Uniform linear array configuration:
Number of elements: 32
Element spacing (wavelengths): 0.5
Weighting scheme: uniform
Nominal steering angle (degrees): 45
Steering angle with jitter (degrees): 44.819
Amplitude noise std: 0.05
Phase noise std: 0.05

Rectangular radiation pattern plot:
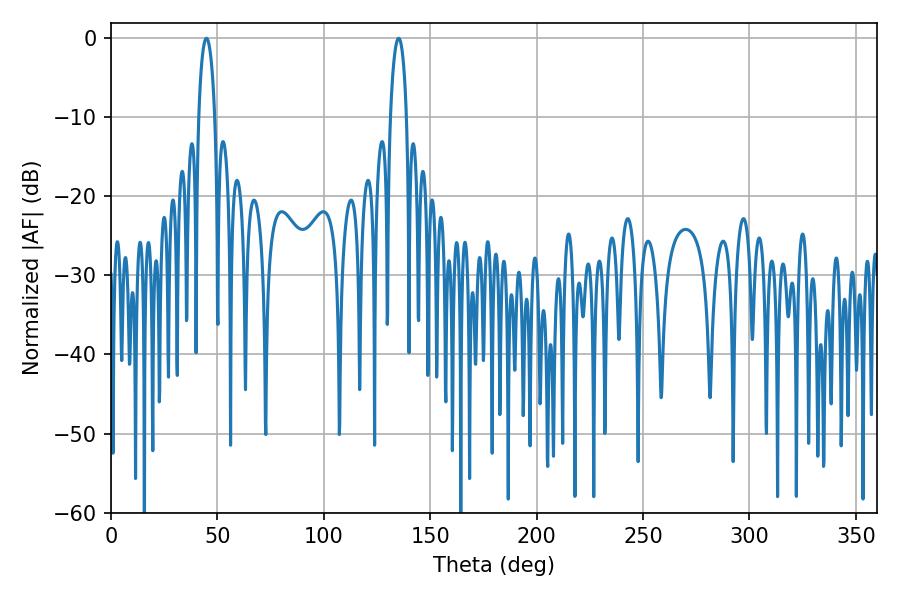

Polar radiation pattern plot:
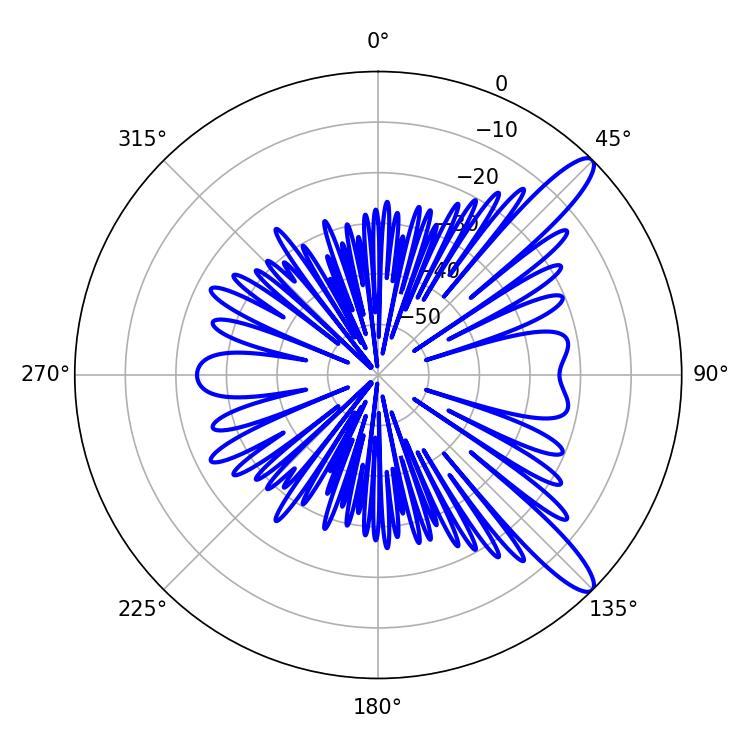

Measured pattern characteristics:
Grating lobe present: FALSE
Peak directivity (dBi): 12.108
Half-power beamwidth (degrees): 4.32
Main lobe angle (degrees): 44.82